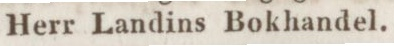
Herr Landins Bokhandel.